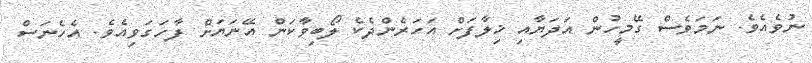
ނުވެއެވެ. ނަމަވެސް ގޭމީހުން އަދަޔާއި ޚިލާފަށް އަހަރެންދެކެ ލޯބިވާކަން އޭނަޔަށް ފާހަގަވިއެވެ. އެހެނަސް